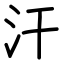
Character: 汗